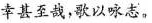
幸甚至哉，歌以咏志。